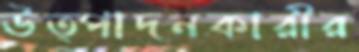
উত্পাদনকারীর